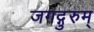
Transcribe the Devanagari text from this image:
जगद्गुरुम्